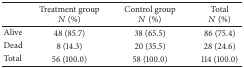
<table><thead><tr><td><b> </b></td><td><b>Treatment group<i>N</i> (%)</b></td><td><b>Control group<i>N</i> (%)</b></td><td><b>Total<i>N</i> (%)</b></td></tr></thead><tbody><tr><td>Alive</td><td>48 (85.7)</td><td>38 (65.5)</td><td>86 (75.4)</td></tr><tr><td>Dead</td><td>8 (14.3)</td><td>20 (35.5)</td><td>28 (24.6)</td></tr><tr><td>Total</td><td>56 (100.0)</td><td>58 (100.0)</td><td>114 (100.0)</td></tr></tbody></table>